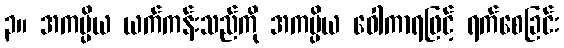
၃။ အကပ္ပိယ ယက်ကန်းသည်ကို အကပ္ပိယ ဝေါကာရဖြင့် ရက်စေခြင်း